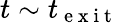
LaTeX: t\sim t_{\mathrm{~e~x~i~t~}}